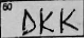
Transcription: DKK